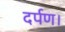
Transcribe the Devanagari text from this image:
दर्पण।